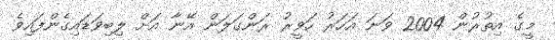
މީގެ އިތުރުން 2004 ވަނަ އަހަރު ހަވީރު ރަންގަލަން އޭނާ އަށް ލިބިވަޑައިގެންފައިވެ